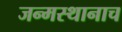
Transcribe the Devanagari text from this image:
जन्मस्थानाच